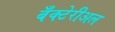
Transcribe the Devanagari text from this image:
बँक्टेरीअल